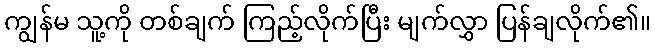
ကျွန်မ သူ့ကို တစ်ချက် ကြည့်လိုက်ပြီး မျက်လွှာ ပြန်ချလိုက်၏။